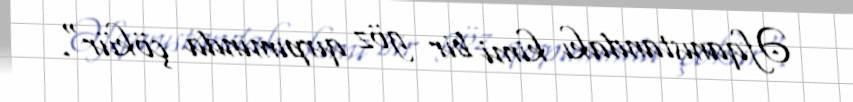
Əfqanıstandakı kimi bir göz qırpımında çökür".